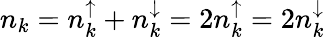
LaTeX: n_{k}=n_{k}^{\uparrow}+n_{k}^{\downarrow}=2n_{k}^{\uparrow}=2n_{k}^{\downarrow}